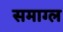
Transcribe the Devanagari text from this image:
समाग्ल